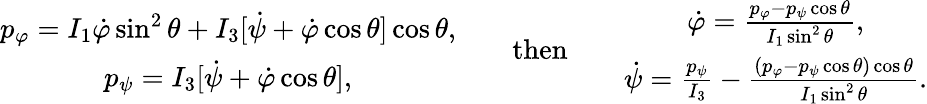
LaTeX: \begin{array}{r}{\begin{array}{c}{p_{\varphi}=I_{1}\dot{\varphi}\sin^{2}\theta+I_{3}[\dot{\psi}+\dot{\varphi}\cos\theta]\cos\theta,}\\ {p_{\psi}=I_{3}[\dot{\psi}+\dot{\varphi}\cos\theta],}\end{array}\qquad\mathrm{then}\qquad\begin{array}{c}{\dot{\varphi}=\frac{p_{\varphi}-p_{\psi}\cos\theta}{I_{1}\sin^{2}\theta},}\\ {\dot{\psi}=\frac{p_{\psi}}{I_{3}}-\frac{(p_{\varphi}-p_{\psi}\cos\theta)\cos\theta}{I_{1}\sin^{2}\theta}.}\end{array}}\end{array}